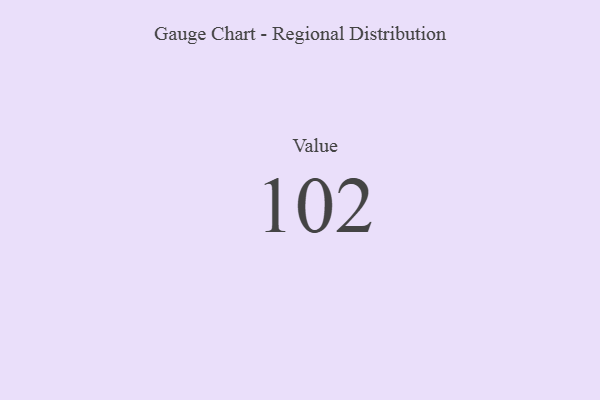
{"axis": {"x": "Metric", "y": "Value"}, "legend": [""], "data": [{"x": "Value", "y": 102, "type": ""}]}